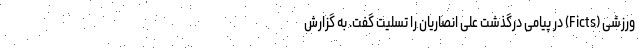
ورزشی (Ficts) در پیامی درگذشت علی انصاریان را تسلیت گفت. به گزارش